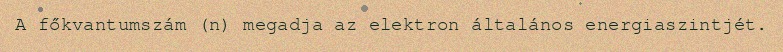
A főkvantumszám (n) megadja az elektron általános energiaszintjét.